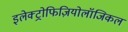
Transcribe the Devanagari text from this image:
इलेक्ट्रोफिज़ियोलॉजिकल